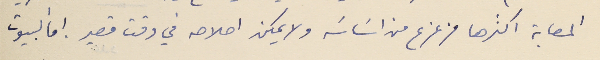
المصابة اكثرها مزعزع من اسَاسَه ولا يمكن اصلاحه في وقت قصير. اما البيوت